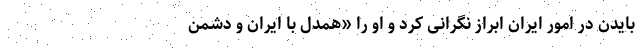
بایدن در امور ایران ابراز نگرانی کرد و او را «همدل با ایران و دشمن